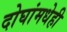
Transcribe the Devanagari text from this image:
दोघांमधेही